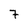
Character: 7